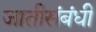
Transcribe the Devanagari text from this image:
जातीसंबंधीं